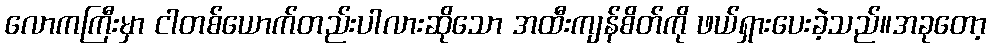
လောကကြီးမှာ ငါတစ်ယောက်တည်းပါလားဆိုသော အထီးကျန်စိတ်ကို ဖယ်ရှားပေးခဲ့သည်။အခုတော့